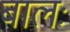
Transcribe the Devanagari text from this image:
बालः